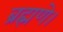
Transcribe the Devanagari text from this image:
ब्रह्मणे।